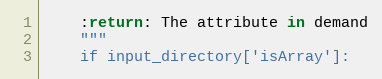
Language: Python
    :return: The attribute in demand
    """
    if input_directory['isArray']: